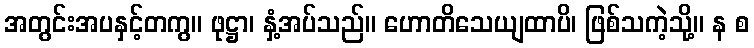
အတွင်းအပနှင့်တကွ။ ဖုဋ္ဌာ၊ နှံ့အပ်သည်။ ဟောတိသေယျထာပိ၊ ဖြစ်သကဲ့သို့။ န စ